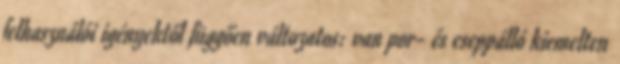
felhasználói igényektől függően változatos: van por- és cseppálló kiemelten